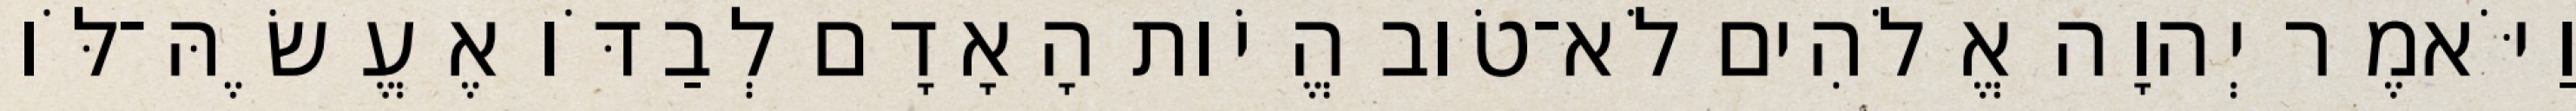
וַיֹּאמֶר יְהוָה אֱלֹהִים לֹא־טֹוב הֱיֹות הָאָדָם לְבַדֹּו אֶעֱשֶׂהּ־לֹּו